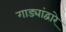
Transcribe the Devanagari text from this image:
गाड्यांद्वारे